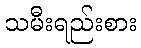
သမီးရည်းစား